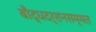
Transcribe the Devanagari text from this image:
बौद्धदर्शनसम्मत